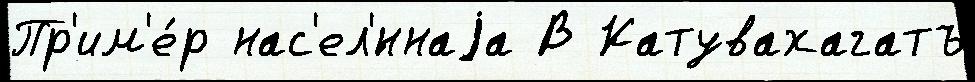
Пр'им'е́р нас'ел'́ннаjа В Катувахагатъ